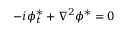
- i \phi _ { t } ^ { * } + \nabla ^ { 2 } \phi ^ { * } = 0